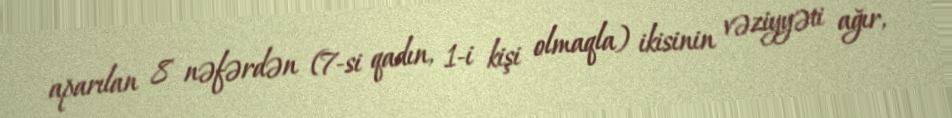
aparılan 8 nəfərdən (7-si qadın, 1-i kişi olmaqla) ikisinin vəziyyəti ağır,